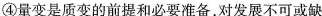
④量变是质变的前提和必要准备，对发展不可或缺